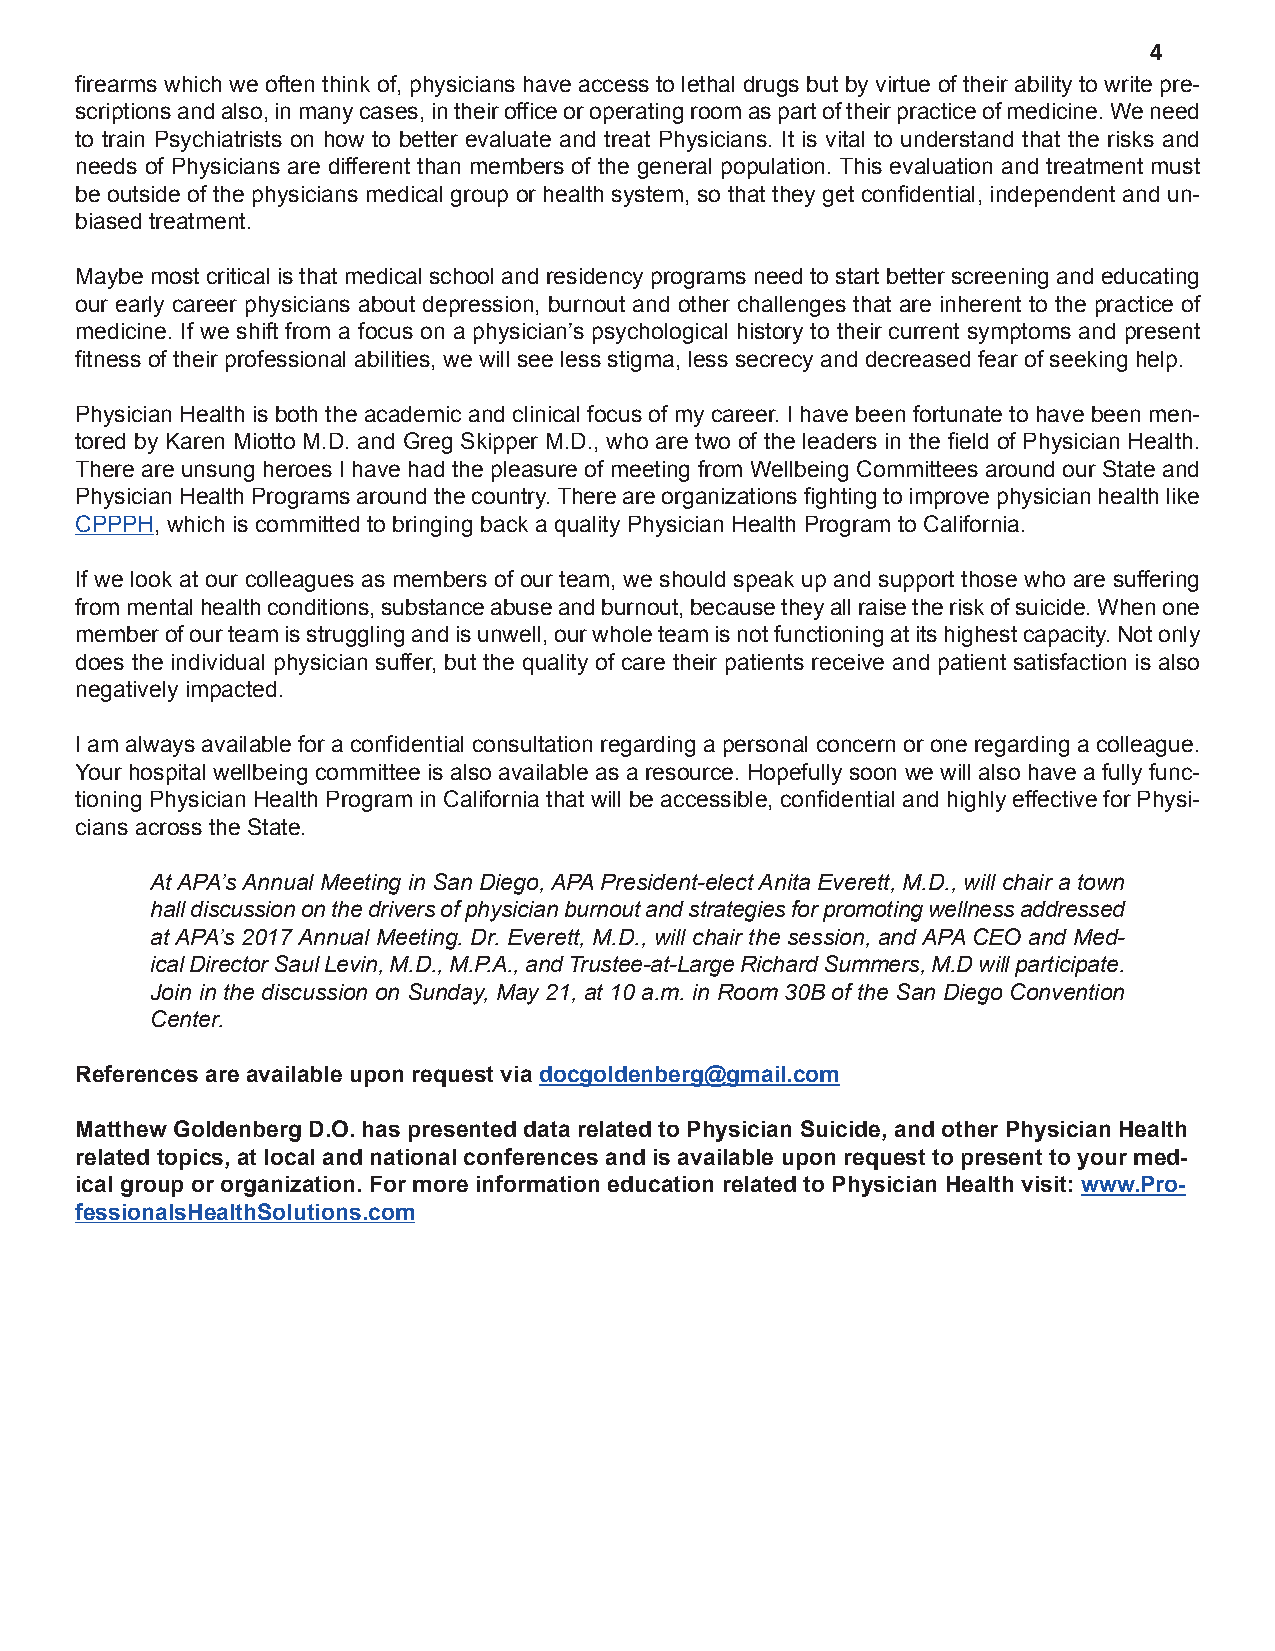
4
 firearms which we often think of, physicians have access to lethal drugs but by virtue of their ability to write pre-
 scriptions and also, in many cases, in their office or operating room as part of their practice of medicine. We need
 to train Psychiatrists on how to better evaluate and treat Physicians. It is vital to understand that the risks and
 needs of Physicians are different than members of the general population. This evaluation and treatment must
 be outside of the physicians medical group or health system, so that they get confidential, independent and un-
 biased treatment.
 Maybe most critical is that medical school and residency programs need to start better screening and educating
 our early career physicians about depression, burnout and other challenges that are inherent to the practice of
 medicine. If we shift from a focus on a physician’s psychological history to their current symptoms and present
 fitness of their professional abilities, we will see less stigma, less secrecy and decreased fear of seeking help.
 Physician Health is both the academic and clinical focus of my career. I have been fortunate to have been men-
 tored by Karen Miotto M.D. and Greg Skipper M.D., who are two of the leaders in the field of Physician Health.
 There are unsung heroes I have had the pleasure of meeting from Wellbeing Committees around our State and
 Physician Health Programs around the country. There are organizations fighting to improve physician health like
 CPPPH, which is committed to bringing back a quality Physician Health Program to California.
 If we look at our colleagues as members of our team, we should speak up and support those who are suffering
 from mental health conditions, substance abuse and burnout, because they all raise the risk of suicide. When one
 member of our team is struggling and is unwell, our whole team is not functioning at its highest capacity. Not only
 does the individual physician suffer, but the quality of care their patients receive and patient satisfaction is also
 negatively impacted.
 I am always available for a confidential consultation regarding a personal concern or one regarding a colleague.
 Your hospital wellbeing committee is also available as a resource. Hopefully soon we will also have a fully func-
 tioning Physician Health Program in California that will be accessible, confidential and highly effective for Physi-
 cians across the State.
 At APA’s Annual Meeting in San Diego, APA President-elect Anita Everett, M.D., will chair a town
 hall discussion on the drivers of physician burnout and strategies for promoting wellness addressed
 at APA’s 2017 Annual Meeting. Dr. Everett, M.D., will chair the session, and APA CEO and Med-
 ical Director Saul Levin, M.D., M.P.A., and Trustee-at-Large Richard Summers, M.D will participate.
 Join in the discussion on Sunday, May 21, at 10 a.m. in Room 30B of the San Diego Convention
 Center.
 References are available upon request via docgoldenberg@gmail.com
 Matthew Goldenberg D.O. has presented data related to Physician Suicide, and other Physician Health
 related topics, at local and national conferences and is available upon request to present to your med-
 ical group or organization. For more information education related to Physician Health visit: www.Pro-
 fessionalsHealthSolutions.com